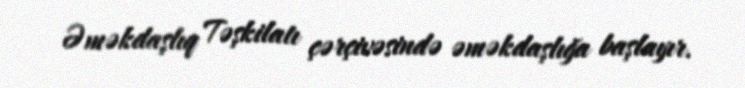
Əməkdaşlıq Təşkilatı çərçivəsində əməkdaşlığa başlayır.